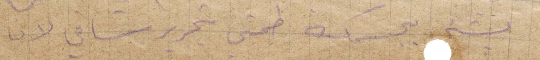
بشيء بجسمك طمني بتحرير ستسافي لان